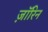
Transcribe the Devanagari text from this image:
ज़ॉरिन